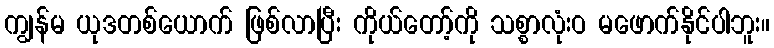
ကျွန်မ ယုဒတစ်ယောက် ဖြစ်လာပြီး ကိုယ်တော့်ကို သစ္စာလုံးဝ မဖောက်နိုင်ပါဘူး။